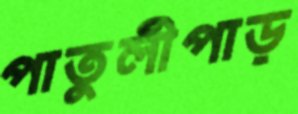
পাতুলীপাড়